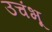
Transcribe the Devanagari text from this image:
उचंभू